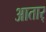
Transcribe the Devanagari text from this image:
आतार्